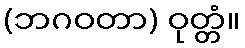
(ဘဂဝတာ) ဝုတ္တံ။